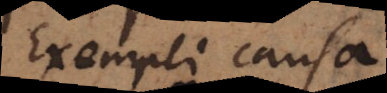
Exempli causa